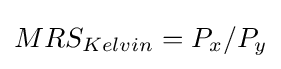
MRS_{Kelvin}=P_{x}/P_{y}